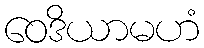
ဝေဒိယာမဟံ